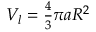
\begin{array} { r } { V _ { l } = \frac { 4 } { 3 } \pi a R ^ { 2 } \, } \end{array}